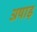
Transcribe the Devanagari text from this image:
अषाड़